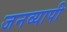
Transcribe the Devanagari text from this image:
जनव्यापी